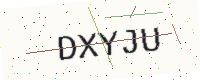
Text: DXYJU